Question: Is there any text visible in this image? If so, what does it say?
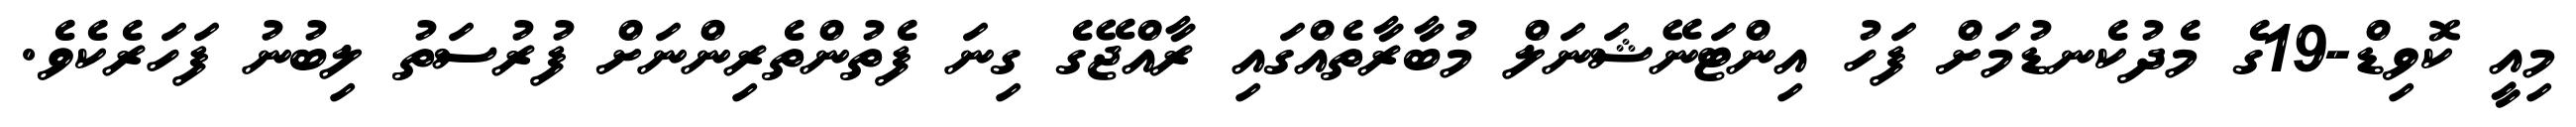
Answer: މިއީ ކޮވިޑް-19ގެ މެދުކެނޑުމަށް ފަހު އިންޓަނޭޝަނަލް މުބާރާތެއްގައި ރާއްޖޭގެ ގިނަ ފެތުންތެރިންނަށް ފުރުސަތު ލިބުނު ފަހަރެކެވެ.